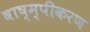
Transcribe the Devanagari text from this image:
वाष्म्पीकरण